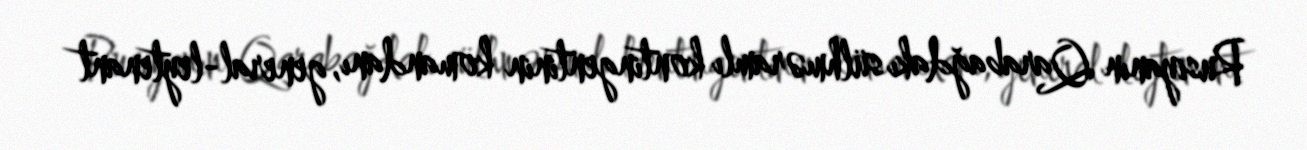
Rusiyanın Qarabağdakı sülhməramlı kontingentinin komandanı, general-leytenant